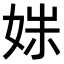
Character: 𫰩